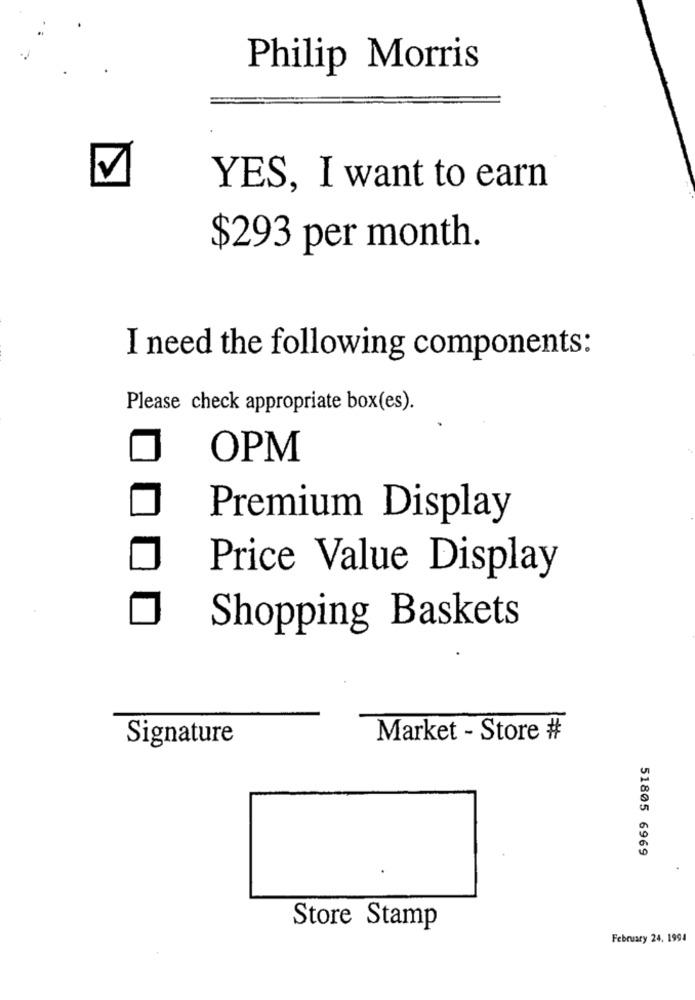
Philip Morris
YES, I want to earn
$293 per month.
I need the following components:
Please check appropriate box(es).
OPM
Premium Display
Price Value Display
Shopping Baskets
Market - Store #
Signature
51805 6969
Store Stamp
February 24. 1994